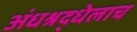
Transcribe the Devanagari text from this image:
अंधश्रद्धेलाच